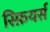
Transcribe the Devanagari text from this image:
स्फ़ियर्स